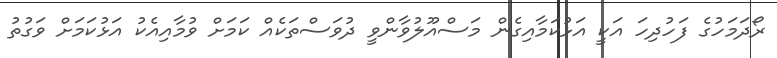
ރޯދަމަހުގެ ފަހުދިހަ އަކީ އަޅުކަމާއިގެން މަސްއޫލުވާންވީ ދުވަސްތަކެއް ކަމަށް ވުމާއިއެކު އަޅުކަމަށް ވަގުތު